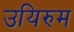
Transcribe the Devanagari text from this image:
उयिरुम